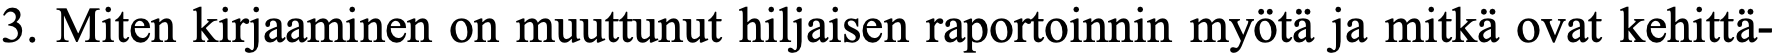
3. Miten kirjaaminen on muuttunut hiljaisen raportoinnin myötä ja mitkä ovat kehittä-